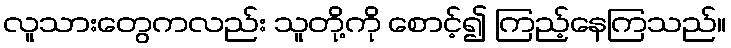
လူသားတွေကလည်း သူတို့ကို စောင့်၍ ကြည့်နေကြသည်။